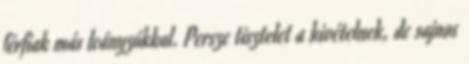
férfiak más leányzókkal. Persze tisztelet a kivételnek, de sajnos